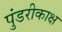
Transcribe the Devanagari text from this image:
पुंडरीकाक्ष